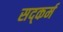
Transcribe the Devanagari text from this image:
सद्कर्म